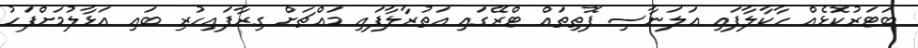
ބަޓަރުކޮޅެއް ހާކާލާފައި އަލަނާސި ފޮތިތައް ޓްރޭގައި އަތުރާލާފައި މައްޗަށް ގިރާފައިހުރި ބައި އަޅާލުމަށްފަހު